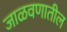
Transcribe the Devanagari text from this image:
जाळवणातील